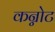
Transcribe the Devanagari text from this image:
कन्नोट